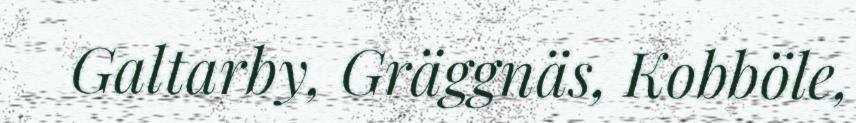
Galtarby, Gräggnäs, Kobböle,